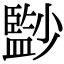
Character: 𡮼